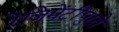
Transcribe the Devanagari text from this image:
रेजिमेंटींपुरते